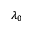
\lambda _ { 0 }